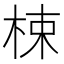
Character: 梀